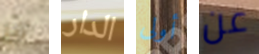
أنا الدار أولى عن